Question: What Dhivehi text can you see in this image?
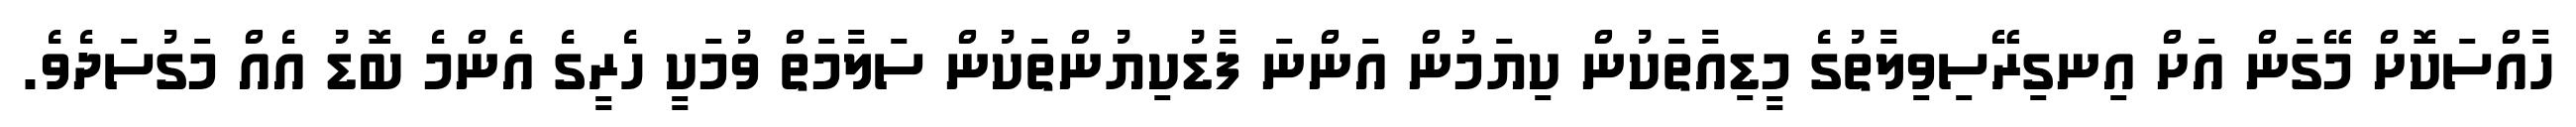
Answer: ހާއްސަކޮށް މޭގަން އަށް އިނގިރޭސިވިލާތުގެ މީޑިއާތަކުން ކިޔަމުން އަންނަ ފާޑުކިޔުންތަކުން ސަލާމަތް ވުމަކީ ހެރީގެ އެންމެ ބޮޑު އެއް މަގުސަދެވެ.